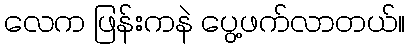
လေက ဖြန်းကနဲ ပွေ့ဖက်လာတယ်။